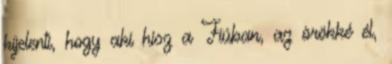
kijelenti, hogy aki hisz a Fiúban, az örökké él,